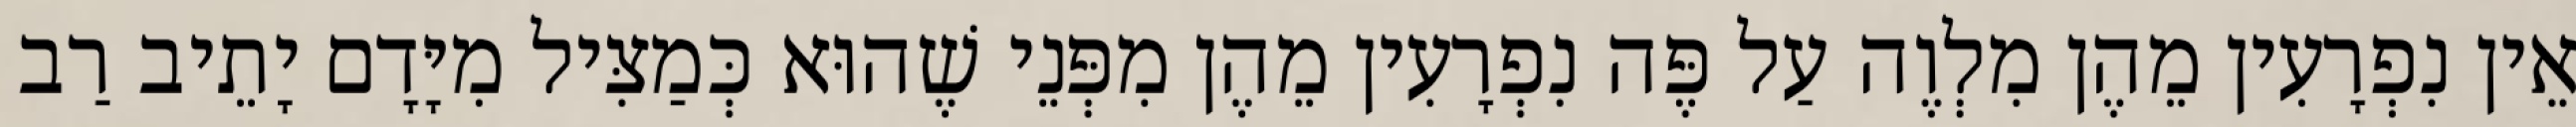
אֵין נִפְרָעִין מֵהֶן מִלְוֶה עַל פֶּה נִפְרָעִין מֵהֶן מִפְּנֵי שֶׁהוּא כְּמַצִּיל מִיָּדָם יָתֵיב רַב